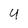
Character: U